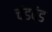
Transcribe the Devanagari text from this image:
चंडदंड